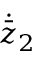
\dot { \bar { z } } _ { 2 }